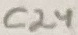
Text: C24